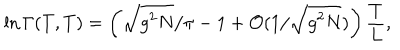
\ln \Gamma ( T , T ) = \left( \sqrt { g ^ { 2 } N } / \pi - 1 + { \cal O } ( 1 / \sqrt { g ^ { 2 } N } ) \right) \frac { T } { L } ,